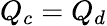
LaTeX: Q_{c}=Q_{d}